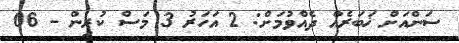
ސަންއަށް ޚަބަރެއް ދެއްވުމަށް: 2 އަހަރު 3 މަސް ކުރިން - 06